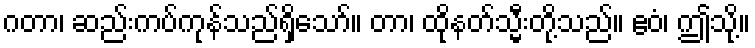
ဂတာ၊ ဆည်းကပ်ကုန်သည်ရှိသော်။ တာ၊ ထိုနတ်သ္မီးတို့သည်။ ဧဝံ၊ ဤသို့။